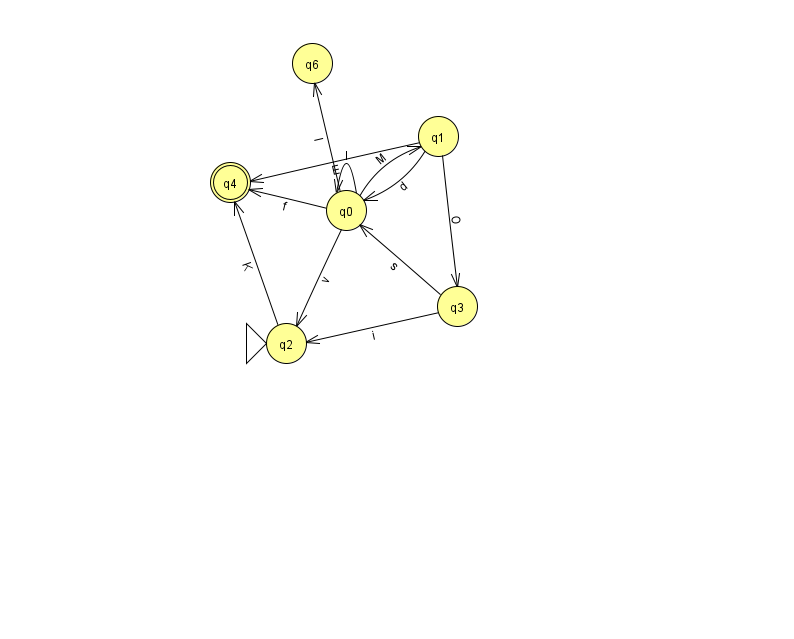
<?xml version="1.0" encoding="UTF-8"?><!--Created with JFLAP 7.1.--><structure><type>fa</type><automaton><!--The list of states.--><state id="0" name="q0"><x>346.0</x><y>197.0</y></state><state id="1" name="q1"><x>438.0</x><y>123.0</y></state><state id="2" name="q2"><x>286.0</x><y>330.0</y><initial/></state><state id="3" name="q3"><x>457.0</x><y>293.0</y></state><state id="4" name="q4"><x>230.0</x><y>169.0</y><final/></state><state id="6" name="q6"><x>312.0</x><y>50.0</y></state><!--The list of transitions.--><transition><from>1</from><to>4</to><read>E</read></transition><transition><from>0</from><to>1</to><read>M</read></transition><transition><from>0</from><to>2</to><read>v</read></transition><transition><from>2</from><to>4</to><read>K</read></transition><transition><from>3</from><to>2</to><read>i</read></transition><transition><from>0</from><to>4</to><read>f</read></transition><transition><from>1</from><to>3</to><read>O</read></transition><transition><from>0</from><to>0</to><read>l</read></transition><transition><from>1</from><to>0</to><read>d</read></transition><transition><from>0</from><to>6</to><read>l</read></transition><transition><from>3</from><to>0</to><read>s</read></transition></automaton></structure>